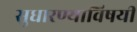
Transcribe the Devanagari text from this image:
सुधारण्याविषयीं